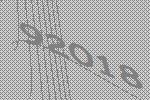
92018